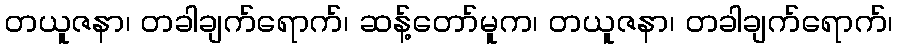
တယူဇနာ၊ တခါချက်ရောက်၊ ဆန့်တော်မူက၊ တယူဇနာ၊ တခါချက်ရောက်၊